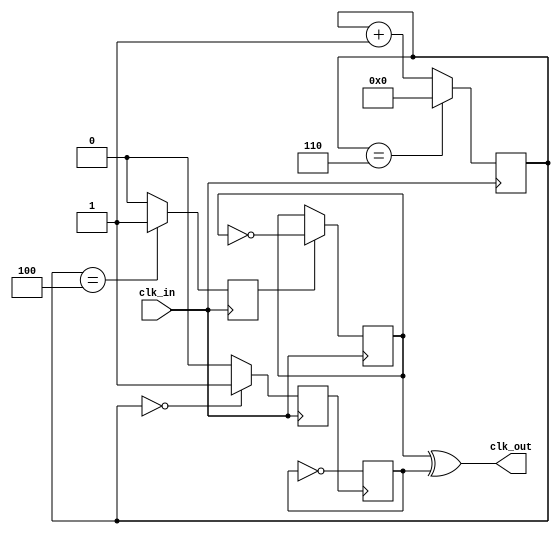
module freq_div_odd
#(parameter N=7)
(
  input   clk_in,
  output   clk_out
);

//4-bit counter
reg  [3:0] count = 4'b0;        
reg     A1 = 0;
reg       B1 = 0;
reg     Tff_A = 0;
reg    Tff_B = 0;
wire    clock_out;
wire    wTff_A;
wire    wTff_B;

//Connects registers to wires for combinational logic
assign   wTff_A  = Tff_A; 
assign   wTff_B  = Tff_B; 
//XOR gate 
assign   clk_out = wTff_B ^ wTff_A; 

//Counter for division by N
always@(posedge clk_in)
 begin
  if(count == N-1) //Count to N-1. 
   begin          
    count <= 4'b0000;
   end 
  else
   begin
    count <= count + 1;
   end 
 end

//Set A to high for one clock cycle when counter is 0
always@(posedge clk_in)
 begin
  if(count == 4'b0000)
   A1 <= 1;
  else
   A1 <= 0;
 end

//Sets B to high for one clock cycle when counter is (N+1)/2
always@(posedge clk_in)
 begin
  if(count == (N+1)/2) //Use (N+1)/2
   B1 <= 1; 
  else
   B1 <= 0;
 end

//T flip flop toggles 
always@(negedge A1) // Toggle signal Tff_A 
 begin   //whenever A1 goes from 1 to 0
  Tff_A <= ~Tff_A;
 end

always@(negedge clk_in)
 begin
  if(B1) // Toggle signal Tff_B whenever      
   begin //B1 is 1
    Tff_B <= ~Tff_B;
   end
 end

endmodule